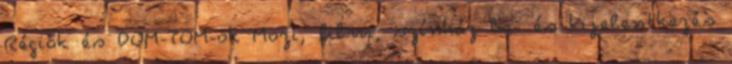
Régiók és DOM-TOM-ok Mozi, film, színház Be- és kijelentkezés